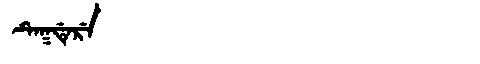
Manchu: ᡨᡝᡴᡩᡝᡵᡝ
Romanization: TEKDERE